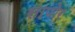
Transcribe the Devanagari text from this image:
सापोर